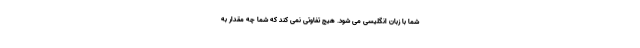
شما با زبان انگلیسی می شود. هیج تفاوتی نمی کند که شما چه مقدار به